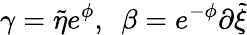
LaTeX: \gamma={\tilde{\eta}}e^{\phi},~~\beta=e^{-\phi}\partial{\tilde{\xi}}